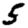
Digit: 5